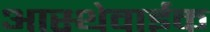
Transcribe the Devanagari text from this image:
आस्थेवाईक